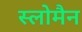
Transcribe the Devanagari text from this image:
स्लोमैन